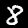
Digit: 8